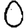
Digit: 0